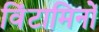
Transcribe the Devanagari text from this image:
विंटामिनों